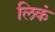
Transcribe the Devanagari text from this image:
लिकं